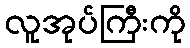
လူအုပ်ကြီးကို